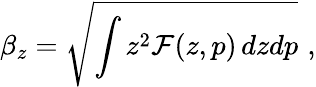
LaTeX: \beta_{z}=\sqrt{\int z^{2}{\cal F}(z,p)\, dzdp}\, \, ,